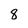
Character: 8